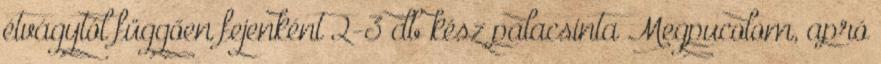
étvágytól függően fejenként 2-3 db kész palacsinta Megpucolom, apró